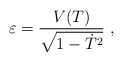
\begin{align*} \varepsilon = {V(T) \over \sqrt{1- \dot T ^2 }} \ ,\end{align*}